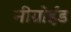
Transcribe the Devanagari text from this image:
नीग्रोईड